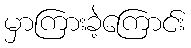
မှာကြားခဲ့ကြောင်း